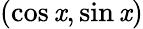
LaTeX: (\cos\mathit{x},\sin\mathit{x})